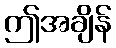
ဤအချိန်